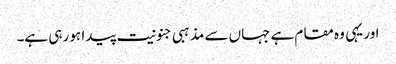
اور یہی وہ مقام ہے جہاں سے مذہبی جنونیت پیدا ہو رہی ہے۔